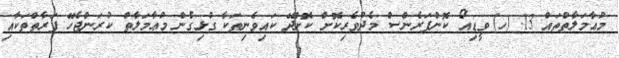
މުޢާމަލާތްތައް 13.	(ހ)	ވީޑިއޯ ކޮންފަރެންސް މެދުވެރިކޮށް ކޮށްދޭ ކައިވެނިތަކާ ގުޅިގެން މުޢާމަލާތް ކުރަންޖެހޭ ފަރާތްތަކާއި